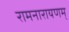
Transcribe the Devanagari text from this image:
रामनारायणम्